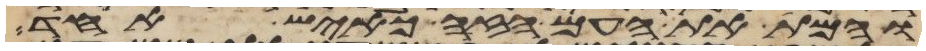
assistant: והמת את העם הזה כאיש אחד